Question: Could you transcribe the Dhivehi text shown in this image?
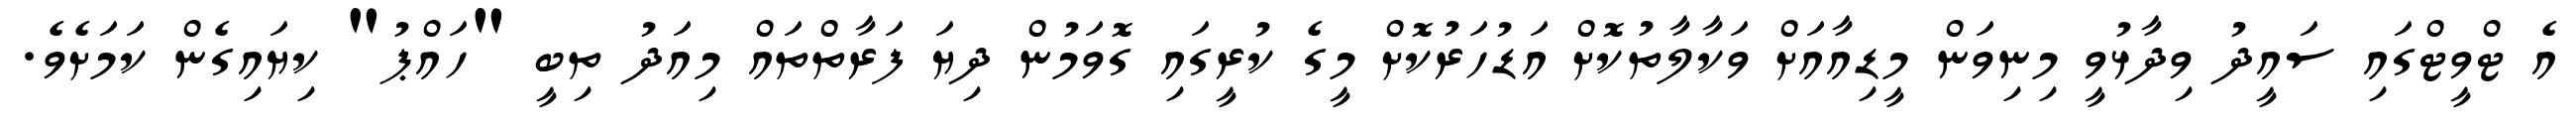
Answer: އެ ޓްވީޓްގައި ސައީދު ވިދާޅުވީ މިނިވަން މީޑިއާއަށް ވަކާލާތުކޮށް އަޑުހަރުކޮށް މީގެ ކުރީގައި ގޮވަމުން ދިޔަ ފަރާތްތައް މިއަދު ތިބީ "ހައްޕު" ކިޔައިގެން ކަމަށެވެ.